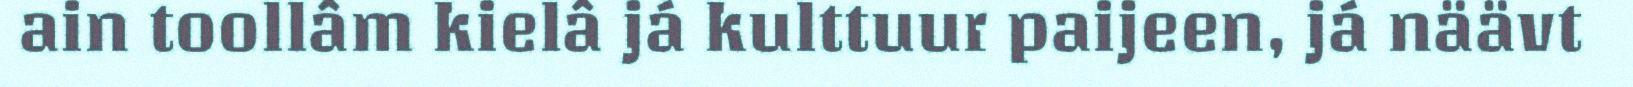
ain toollâm kielâ já kulttuur paijeen, já näävt